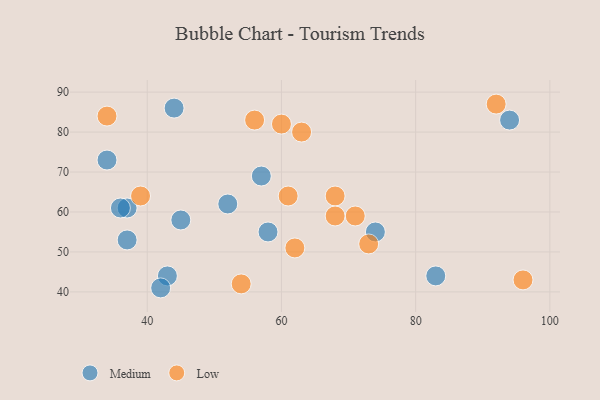
{"axis": {"x": "GDP", "y": "Life Expectancy"}, "legend": ["Low", "Medium"], "data": [{"x": "37", "y": 61, "type": "Medium"}, {"x": "58", "y": 55, "type": "Medium"}, {"x": "74", "y": 55, "type": "Medium"}, {"x": "34", "y": 73, "type": "Medium"}, {"x": "43", "y": 44, "type": "Medium"}, {"x": "44", "y": 86, "type": "Medium"}, {"x": "57", "y": 69, "type": "Medium"}, {"x": "36", "y": 61, "type": "Medium"}, {"x": "52", "y": 62, "type": "Medium"}, {"x": "83", "y": 44, "type": "Medium"}, {"x": "37", "y": 53, "type": "Medium"}, {"x": "45", "y": 58, "type": "Medium"}, {"x": "94", "y": 83, "type": "Medium"}, {"x": "42", "y": 41, "type": "Medium"}, {"x": "96", "y": 43, "type": "Low"}, {"x": "62", "y": 51, "type": "Low"}, {"x": "34", "y": 84, "type": "Low"}, {"x": "73", "y": 52, "type": "Low"}, {"x": "39", "y": 64, "type": "Low"}, {"x": "63", "y": 80, "type": "Low"}, {"x": "61", "y": 64, "type": "Low"}, {"x": "56", "y": 83, "type": "Low"}, {"x": "60", "y": 82, "type": "Low"}, {"x": "92", "y": 87, "type": "Low"}, {"x": "71", "y": 59, "type": "Low"}, {"x": "68", "y": 64, "type": "Low"}, {"x": "68", "y": 59, "type": "Low"}, {"x": "54", "y": 42, "type": "Low"}]}